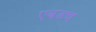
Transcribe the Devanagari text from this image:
एवढच